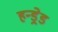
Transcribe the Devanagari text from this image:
हन्ड्रेड